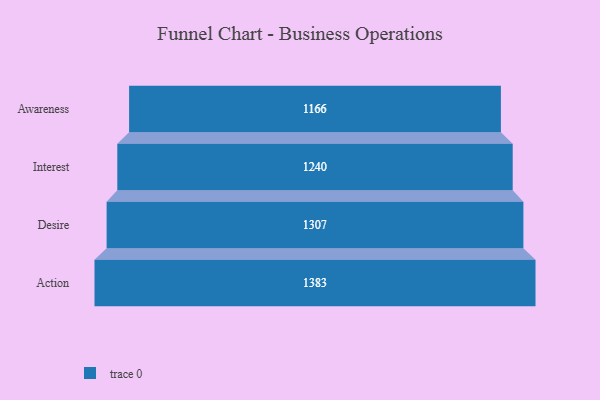
{"axis": {"x": "Stage", "y": "Value"}, "legend": [""], "data": [{"x": "Awareness", "y": 1166.0, "type": ""}, {"x": "Interest", "y": 1240.0, "type": ""}, {"x": "Desire", "y": 1307.0, "type": ""}, {"x": "Action", "y": 1383.0, "type": ""}]}